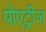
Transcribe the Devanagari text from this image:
पोएट्रीज